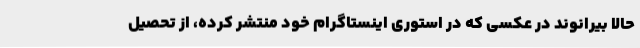
حالا بیرانوند در عکسی که در استوری اینستاگرام خود منتشر کرده، از تحصیل